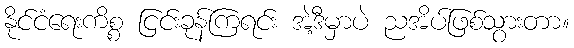
နိုင်ငံရေးကိစ္စ ငြင်းခုန်ကြရင်း အဲ့ဒီမှာပဲ ညအိပ်ဖြစ်သွားတာ။